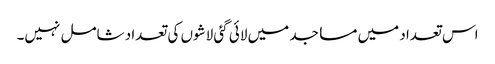
اس تعداد میں مساجد میں لائی گئی لاشوں کی تعداد شامل نہیں۔